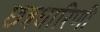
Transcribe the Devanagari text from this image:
छत्रधारिणी